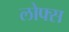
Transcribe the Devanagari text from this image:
लोफ्स